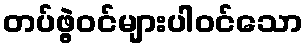
တပ်ဖွဲ့ဝင်များပါဝင်သော